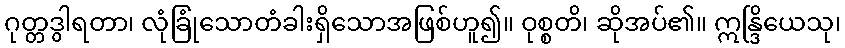
ဂုတ္တဒွါရတာ၊ လုံခြုံသောတံခါးရှိသောအဖြစ်ဟူ၍။ ဝုစ္စတိ၊ ဆိုအပ်၏။ ဣန္ဒြိယေသု၊